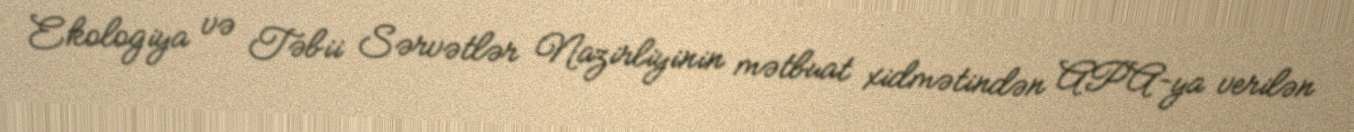
Ekologiya və Təbii Sərvətlər Nazirliyinin mətbuat xidmətindən APA-ya verilən